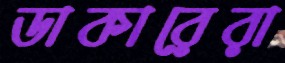
ডাকারেরা